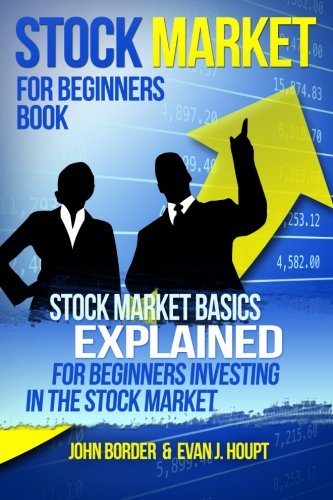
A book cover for Stock Market for Beginners Book: Stock Market Basics Explained for Beginners Investing in the Stock Market (The Investing Series) (Volume 1); Evan J. Houpt; Business & Money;